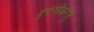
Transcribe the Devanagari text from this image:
दृगंगीकरोतु